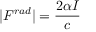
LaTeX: | F ^ { r a d } | = { \frac { 2 \alpha I } { c } }